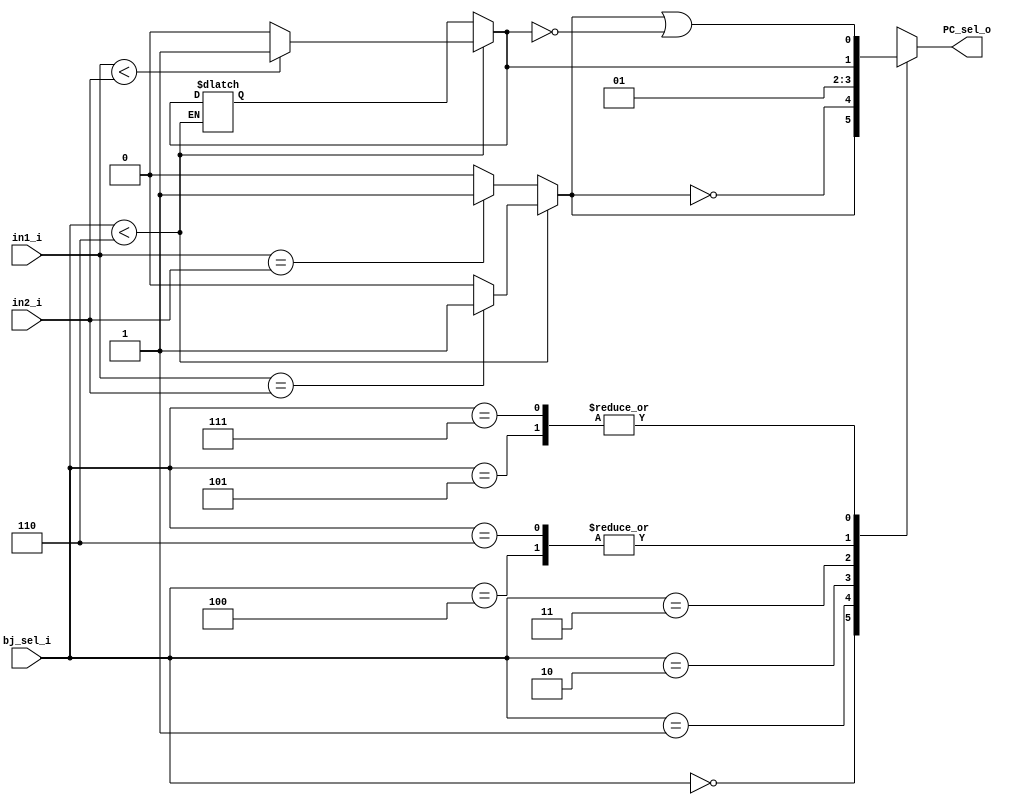
`timescale 1ns / 1ps


module branch_jump(
    input [31:0]in1_i,
    input [31:0]in2_i,
    input [2:0]bj_sel_i,
    output PC_sel_o
    );
    
    reg equal_r;
    reg less_t_r;
    
    reg out_sel_r;
    
    always @ (in1_i or in2_i or bj_sel_i) begin
        
    if (bj_sel_i < 3'b110) begin 
        if($signed(in1_i) == $signed(in2_i)) begin
            equal_r = 1'b1;
        end else begin
            equal_r = 1'b0;
        end 
        if($signed(in1_i) < $signed(in2_i)) begin 
            less_t_r = 1'b1;
        end else begin
            less_t_r = 1'b0;
        end
    end else begin 
        if($unsigned(in1_i) == $unsigned(in2_i)) begin
            equal_r = 1'b1;
        end else begin
            equal_r = 1'b0;
        end 
        if($unsigned(in1_i) < $unsigned(in2_i)) begin 
    
        end else begin
        
        end
    end
    
    case(bj_sel_i)
    3'b000:
        out_sel_r = equal_r;
    3'b001:
        out_sel_r = ~equal_r;
    3'b010:
        out_sel_r = 1'b0;
    3'b011:
        out_sel_r = 1'b1;
    3'b100:
        out_sel_r = less_t_r;
    3'b101:
        out_sel_r = equal_r | ~less_t_r;
    3'b110:
        out_sel_r = less_t_r;
    3'b111:
        out_sel_r = equal_r | ~less_t_r;
    endcase
    end
    
    assign PC_sel_o = out_sel_r;
    
endmodule